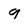
Character: 9